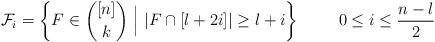
LaTeX: \begin{align*}\mathcal{F}_i=\left\{F\in {[n]\choose k} ~\Big|~ |F\cap [l+2i]|\geq l+i \right\}~~~~~~~0\leq i\leq \frac{n-l}{2}\end{align*}